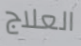
العلاج